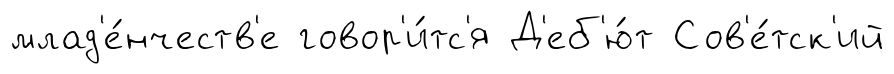
млад'е́нчеств'е говор'и́тс'я Д'еб'ю́т Сов'е́тск'ий